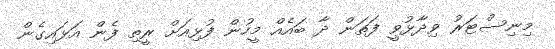
މިނިސްޓަރު ވިދާޅުވީ ފަތަން ދާ ބައެއް މީހުން ފުޅިއަށް ރީތި ފެން އަޅައިގެން